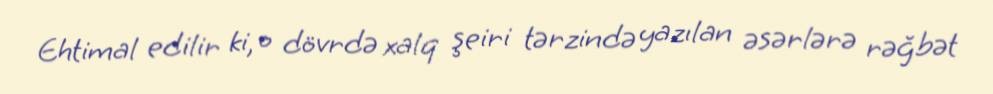
Ehtimal edilir ki, o dövrdə xalq şeiri tərzində yazılan əsərlərə rəğbət